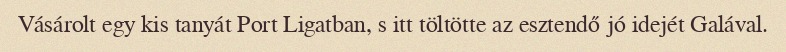
Vásárolt egy kis tanyát Port Ligatban, s itt töltötte az esztendő jó idejét Galával.